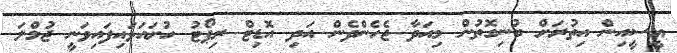
އީސީއިން އިތުރަށް ބުނިގޮތުން މިއަދާ ޖެހެންދެން އަދި އޮޑިޓް ރިޕޯޓު ހުށައަޅައިފައިވަނީ ޖުމްލަ